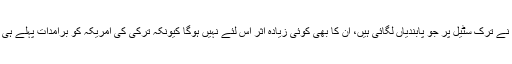
امریکہ نے ترک سٹیل پر جو پابندیاں لگائی ہیں، ان کا بھی کوئی زیادہ اثر اس لئے نہیں ہوگا کیونکہ ترکی کی امریکہ کو برآمدات پہلے ہی کم ہیں۔